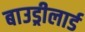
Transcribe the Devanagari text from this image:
बाउड्रीलार्ड